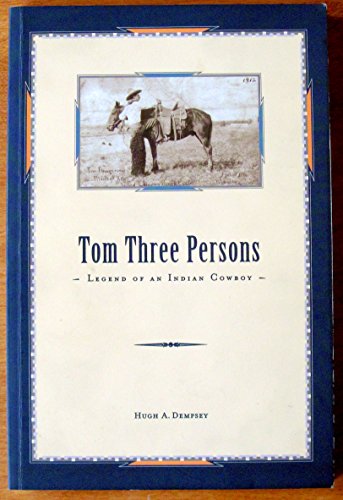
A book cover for Tom Three Persons; Hugh A. Dempsey; Biographies & Memoirs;